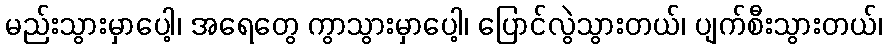
မည်းသွားမှာပေါ့၊ အရေတွေ ကွာသွားမှာပေါ့၊ ပြောင်လွဲသွားတယ်၊ ပျက်စီးသွားတယ်၊